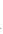
8.在星期六___